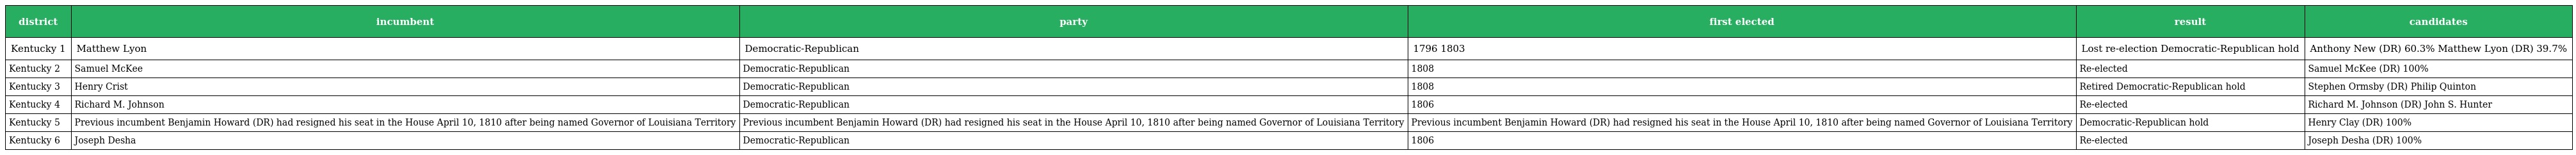
| district | incumbent | party | first elected | result | candidates |
 | --- | --- | --- | --- | --- | --- |
 | Kentucky 1 | Matthew Lyon | Democratic-Republican | 1796 1803 | Lost re-election Democratic-Republican hold | Anthony New (DR) 60.3% Matthew Lyon (DR) 39.7% |
 | Kentucky 2 | Samuel McKee | Democratic-Republican | 1808 | Re-elected | Samuel McKee (DR) 100% |
 | Kentucky 3 | Henry Crist | Democratic-Republican | 1808 | Retired Democratic-Republican hold | Stephen Ormsby (DR) Philip Quinton |
 | Kentucky 4 | Richard M. Johnson | Democratic-Republican | 1806 | Re-elected | Richard M. Johnson (DR) John S. Hunter |
 | Kentucky 5 | Previous incumbent Benjamin Howard (DR) had resigned his seat in the House April 10, 1810 after being named Governor of Louisiana Territory | Previous incumbent Benjamin Howard (DR) had resigned his seat in the House April 10, 1810 after being named Governor of Louisiana Territory | Previous incumbent Benjamin Howard (DR) had resigned his seat in the House April 10, 1810 after being named Governor of Louisiana Territory | Democratic-Republican hold | Henry Clay (DR) 100% |
 | Kentucky 6 | Joseph Desha | Democratic-Republican | 1806 | Re-elected | Joseph Desha (DR) 100% |